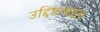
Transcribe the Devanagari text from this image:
उद्दिष्टांबद्दल